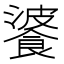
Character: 𩜥